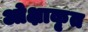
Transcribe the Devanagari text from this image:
ओक्षाकृत